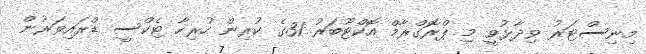
މިނިސްޓަރު ވިދާޅުވީ މި ޕްރޮގްރާމް އޮކްޓޫބަރު 31ގެ ކުރިން ހުރިހާ ޓެކްސީ ޑްރައިވަރުން